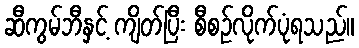
ဆီကွမ်ဘီနှင့် ကျိတ်ပြီး စီစဉ်လိုက်ပုံရသည်။